Juri_Uluots, lk 3
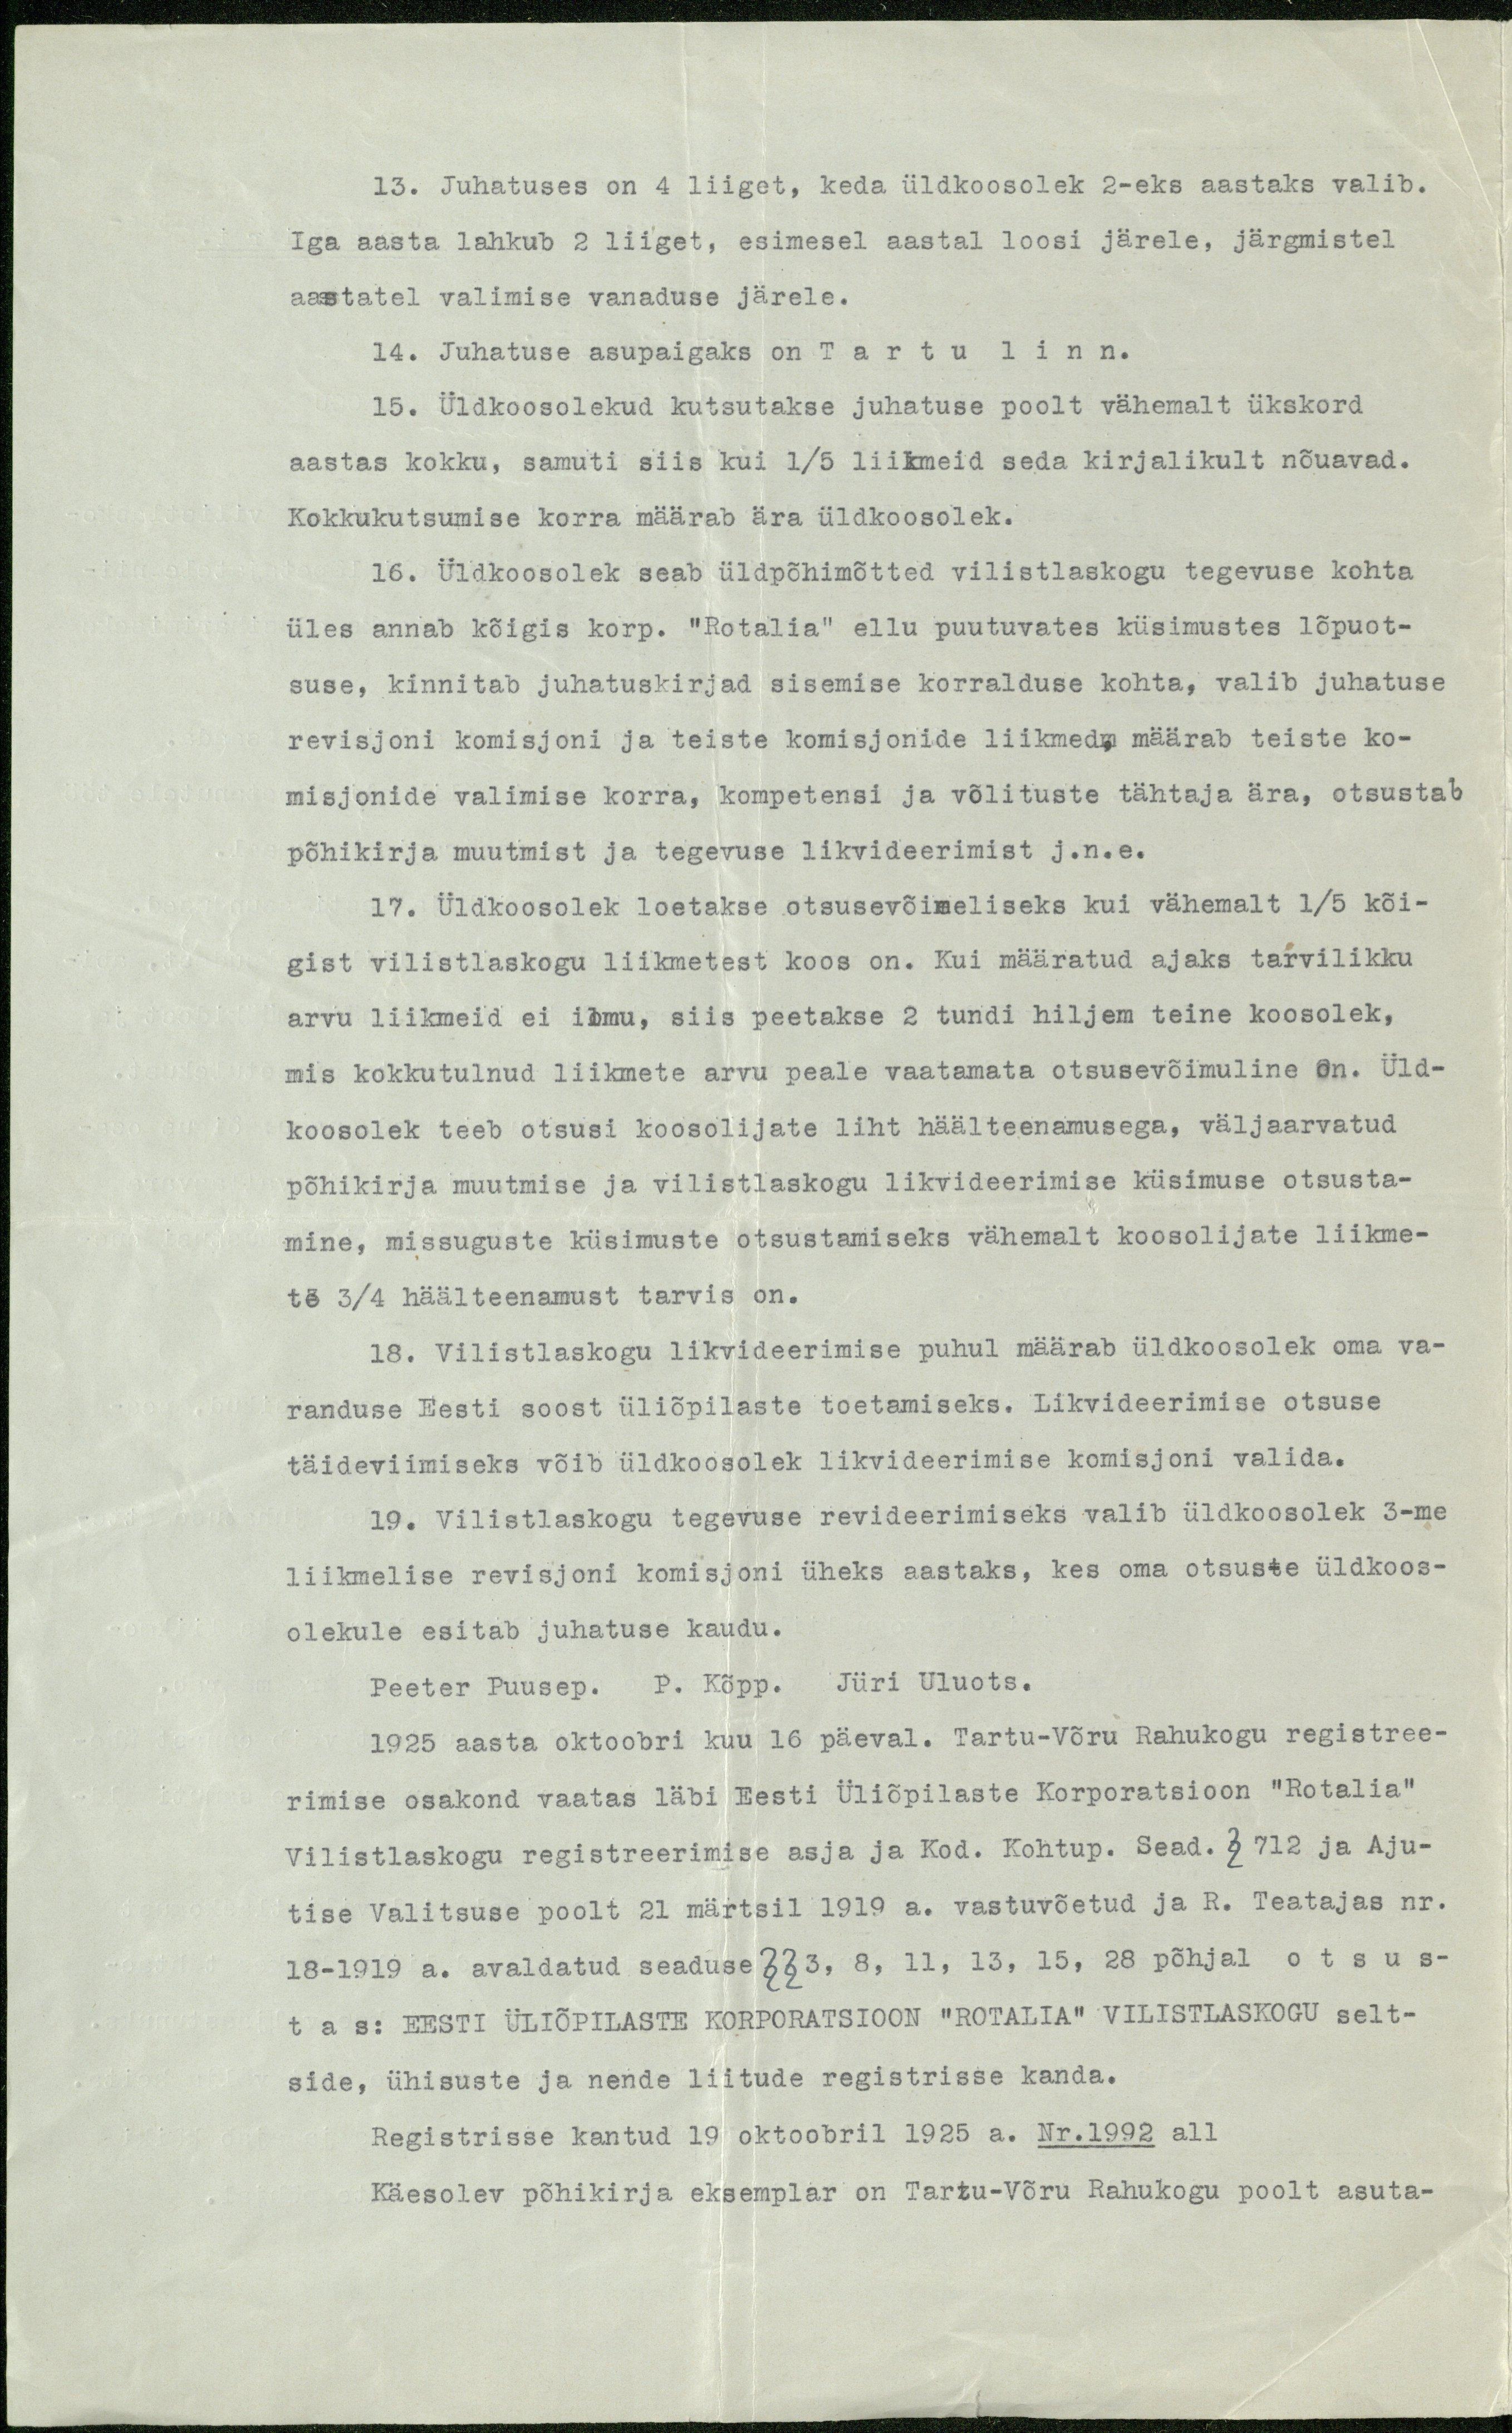
13. Juhatuses on 4 liiget, keda üldkoosolek 2-eks aastaks valib.
Iga aasta lahkub 2 liiget, esimesel aastal loosi järele, järgmistel
aastatel valimise vanaduse järele.
14. Juhatuse asupaigaks on Tartu linn.
15. Üldkoosolekud kutsutakse juhatuse poolt vähemalt ükskord
aastas kokku, samuti siis kui 1/5 liikmeid seda kirjalikult nõuavad.
Kokkukutsumise korra määrab ära üldkoosolek.
16. Üldkoosolek seab üldpõhimõtted vilistlaskogu tegevuse kohta
üles annab kõigis korp. "Rotalia" ellu puutuvates küsimustes lõpuot-
suse, kinnitab juhatuskirjad sisemise korralduse kohta, valib juhatuse
revisjoni komisjoni ja teiste komisjonide liikmed, määrab teiste ko-
misjonide valimise korra, kompetensi ja võlituste tähtaja ära, otsustab
põhikirja muutmist ja tegevuse likvideerimist j.n.e.
17. Üldkoosolek loetakse otsusevõimeliseks kui vähemalt 1/5 kõi-
gist vilistlaskogu liikmetest koos on. Kui määratud ajaks tarvilikku
arvu liikmeid ei ilmu, siis peetakse 2 tundi hiljem teine koosolek,
mis kokkutulnud liikmete arvu peale vaatamata otsusevõimuline on. Üld-
koosolek teeb otsusi koosolijate liht häälteenamusega, väljaarvatud
põhikirja muutmise ja vilistlaskogu likvideerimise küsimuse otsusta-
mine, missuguste küsimuste otsustamiseks vähemalt koosolijate liikme-
te 3/4 häälteenamust tarvis on.
18. Vilistlaskogu likvideerimise puhul määrab üldkoosolek oma va-
randuse Eesti soost üliõpilaste toetamiseks. Likvideerimise otsuse
täideviimiseks võib üldkoosolek likvideerimise komisjoni valida.
19. Vilistlaskogu tegevuse revideerimiseks valib üldkoosolek 3-me
liikmelise revisjoni komisjoni üheks aastaks, kes oma otsuste üldkoos-
olekule esitab juhatuse kaudu.
Peeter Puusep. P. Kõpp. Jüri Uluots.
1925 aasta oktoobri kuu 16 päeval. Tartu-Võru Rahukogu registree-
rimise osakond vaatas läbi Eesti Üliõpilaste Korporatsioon "Rotalia"
Vilistlaskogu registreerimise asja ja Kod. Kohtup. Sead. § 712 ja Aju-
tise Valitsuse poolt 21 märtsil 1919 a. vastuvõetud ja R. Teatajas nr.
18-1919 a. avaldatud seaduse §§ 3, 8, 11, 13, 15, 28 põhjal otsus-
tas: EESTI ÜLIÕPILASTE KORPORATSIOON "ROTALIA" VILISTLASKOGU selt-
side, ühisuste ja nende liitude registrisse kanda.
Registrisse kantud 19 oktoobril 1925 a. Nr.1992 all
Käesolev põhikirja eksemplar on Tartu-Võru Rahukogu poolt asuta-